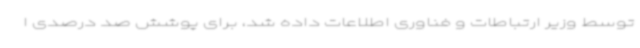
توسط وزیر ارتباطات و فناوری اطلاعات داده شد، برای پوشش صد درصدی ا